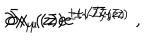
\partial x _ { \mu } ( z ) e ^ { \pm i \sqrt { 2 } \bar { y } ( \bar { z } ) } \hspace { . 5 c m } , \hspace { . 5 c m } \bar { \partial } x _ { \mu } ( \bar { z } ) e ^ { \pm i \sqrt { 2 } y ( z ) } \; ,